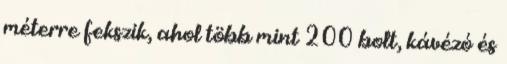
méterre fekszik, ahol több mint 200 bolt, kávézó és